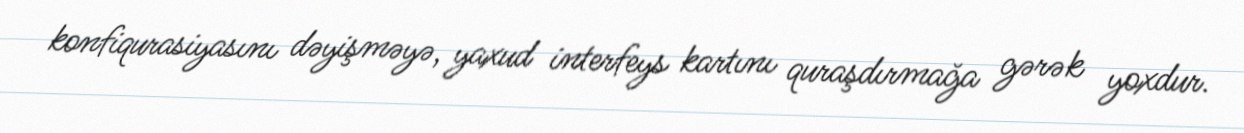
konfiqurasiyasını dəyişməyə, yaxud interfeys kartını quraşdırmağa gərək yoxdur.